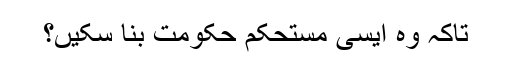
تاکہ وہ ایسی مستحکم حکومت بنا سکیں؟